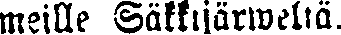
meille Säkkijärweltä.